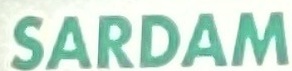
SARDAM